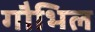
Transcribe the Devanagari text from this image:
गौभिल